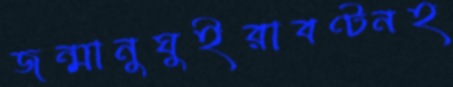
জন্মানুঘুইরাবণ্টনহ